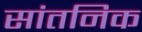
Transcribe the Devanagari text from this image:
सांतनिक